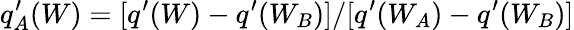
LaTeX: q_{A}^{\prime}(W)=[q^{\prime}(W)-q^{\prime}(W_{B})]/[q^{\prime}(W_{A})-q^{\prime}(W_{B})]